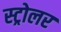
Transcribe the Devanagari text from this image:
स्ट्रोलर